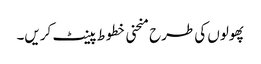
پھولوں کی طرح منحنی خطوط پینٹ کریں۔